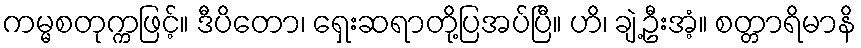
ကမ္မစတုက္ကဖြင့်။ ဒီပိတော၊ ရှေးဆရာတို့ပြအပ်ပြီ။ ဟိ၊ ချဲ့ဦးအံ့။ စတ္တာရိမာနိ